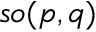
{ \mathfrak { s o } } ( p , q )